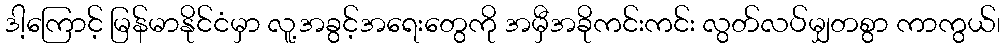
ဒါ့ကြောင့် မြန်မာနိုင်ငံမှာ လူ့အခွင့်အရေးတွေကို အမှီအခိုကင်းကင်း လွတ်လပ်မျှတစွာ ကာကွယ်၊